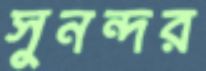
সুনন্দর